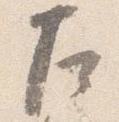
左